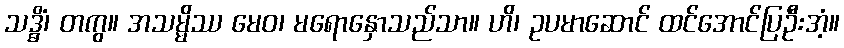
သဒ္ဓိံ၊ တကွ။ အသမ္မိဿ မေဝ၊ မရောနှောသည်သာ။ ဟိ၊ ဥပမာဆောင် ထင်အောင်ပြဦးအံ့။